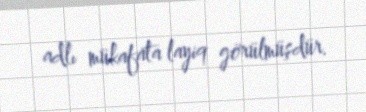
adlı mükafata layiq görülmüşdür.